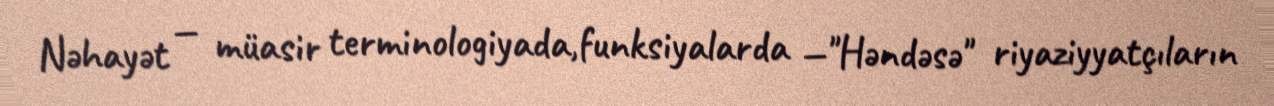
Nəhayət — müasir terminologiyada,funksiyalarda —"Həndəsə" riyaziyyatçıların